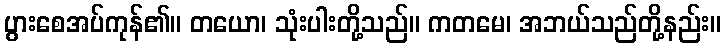
ပွားစေအပ်ကုန်၏။ တယော၊ သုံးပါးတို့သည်။ ကတမေ၊ အဘယ်သည်တို့နည်း။